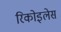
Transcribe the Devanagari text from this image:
रिकोइलेस